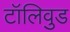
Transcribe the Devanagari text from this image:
टॉलिवुड